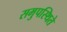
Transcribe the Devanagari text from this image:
समुपस्थिते